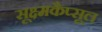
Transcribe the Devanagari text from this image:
सूक्ष्मकैप्सूल